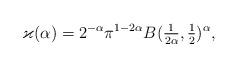
LaTeX: \begin{align*}\varkappa(\alpha)=2^{-\alpha}\pi^{1-2\alpha}B(\tfrac1{2\alpha},\tfrac12)^\alpha,\end{align*}